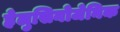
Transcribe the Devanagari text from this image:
हेलुसिनोजेनिक